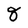
Character: g